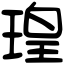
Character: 瑝